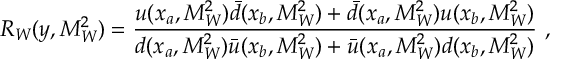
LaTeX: R _ { W } ( y , M _ { W } ^ { 2 } ) = \frac { u ( x _ { a } , M _ { W } ^ { 2 } ) \bar { d } ( x _ { b } , M _ { W } ^ { 2 } ) + \bar { d } ( x _ { a } , M _ { W } ^ { 2 } ) u ( x _ { b } , M _ { W } ^ { 2 } ) } { d ( x _ { a } , M _ { W } ^ { 2 } ) \bar { u } ( x _ { b } , M _ { W } ^ { 2 } ) + \bar { u } ( x _ { a } , M _ { W } ^ { 2 } ) d ( x _ { b } , M _ { W } ^ { 2 } ) } ~ ,